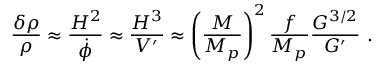
{ \frac { \delta \rho } { \rho } } \approx { \frac { H ^ { 2 } } { \dot { \phi } } } \approx { \frac { H ^ { 3 } } { \cal V ^ { \prime } } } \approx \left( { \frac { M } { M _ { p } } } \right) ^ { 2 } { \frac { f } { M _ { p } } } { \frac { { \cal G } ^ { 3 / 2 } } { \cal G ^ { \prime } } } \ .